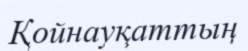
Қойнауқаттың